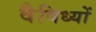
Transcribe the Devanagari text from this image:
वैविध्यों